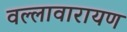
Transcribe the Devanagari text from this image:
वल्लावारायण